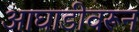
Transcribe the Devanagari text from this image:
आघाडीवरून